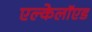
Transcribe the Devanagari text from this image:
एल्केलॉएड